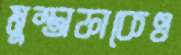
মুস্তাফাকেও